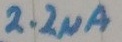
Text: 2.2µA